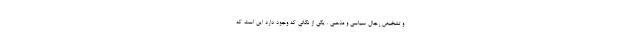
و تشخیص رجال سیاسی و مذهبی . یکی از نکاتی که وجود دارد این است که